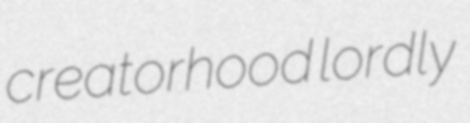
creatorhood lordly